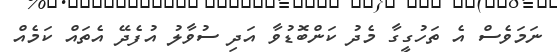
ނަމަވެސް އެ ތަހުގީގާ މެދު ކަންބޮޑުވާ އަދި ސުވާލު އުފެދޭ އެތައް ކަމެއް